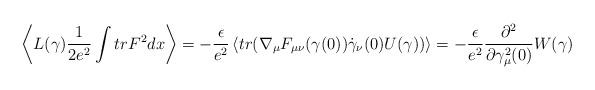
\begin{align*}\left<L(\gamma )\frac{1}{2e^2}\int tr F^2 dx \right> = -\frac{\epsilon }{e^2}\left<tr(\nabla _\mu F_{\mu \nu }(\gamma (0))\dot{\gamma }_\nu (0)U(\gamma ))\right> = -\frac{\epsilon }{e^2} \frac{\partial ^2}{\partial \gamma ^2 _\mu (0)}W(\gamma )\end{align*}